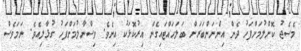
މެސެޖު ކޮށްލުމަށްފަހު ދެން އިންނަންބަރަށް ބަލަހައްޓައިގެން އިރުކޮޅަކު އިނެވެ. ވިސްނާލުމަށްފަހު ގުޅާލިއެވެ. ނަމަވެސް